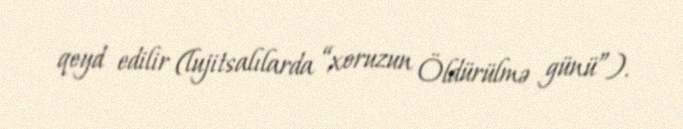
qeyd edilir (lujitsalılarda “xoruzun Öldürülmə günü”).